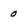
Character: 0